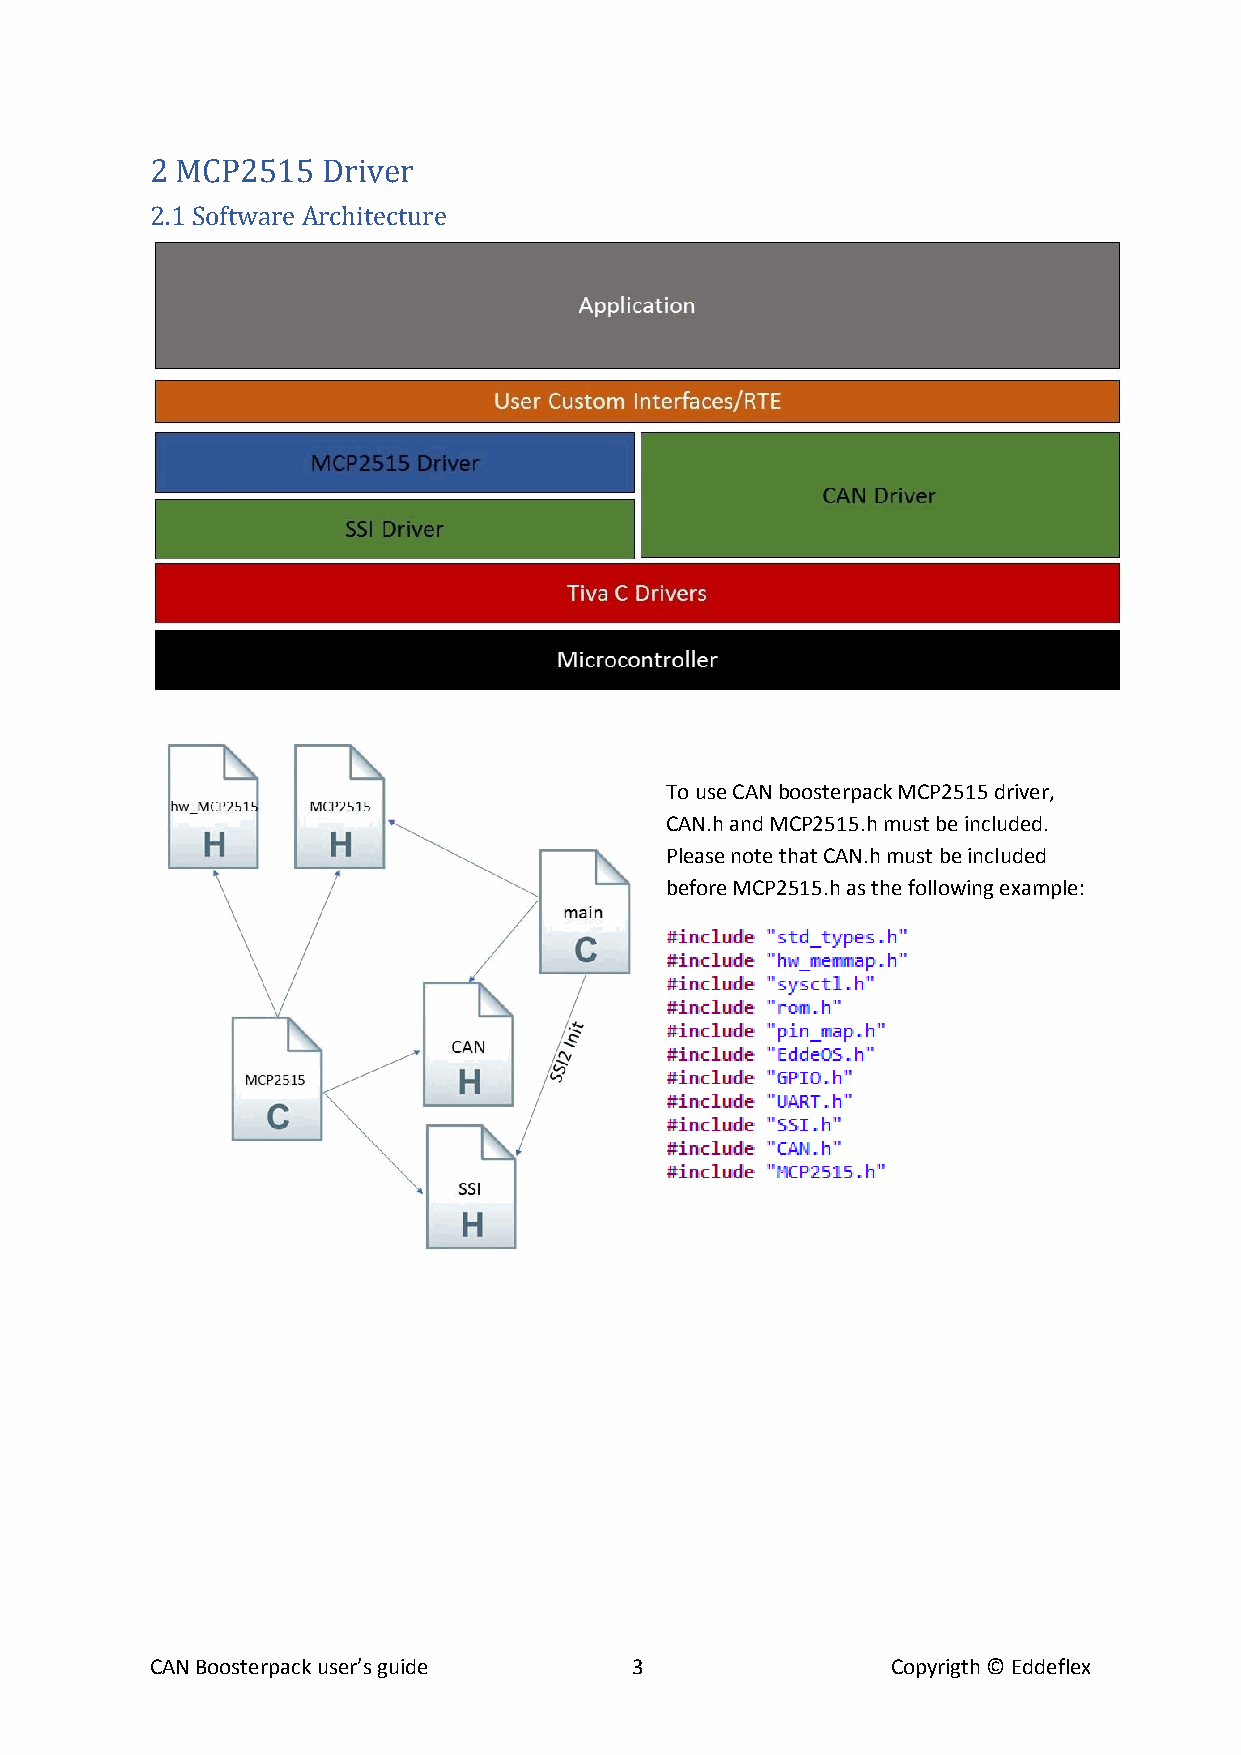
2 MCP2515  Driver
 2.1 Software Architecture
 To use CAN boosterpack MCP2515 driver,
 CAN.h and MCP2515.h must be included.
 Please note that CAN.h must be included
 before MCP2515.h as the following example:
 CAN Boosterpack user’s guide    3                Copyrigth © Eddeflex